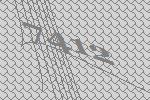
7412